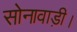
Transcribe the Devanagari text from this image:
सोनावाड़ी।